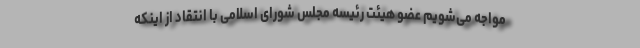
مواجه می‌شویم عضو هیئت رئیسه مجلس شورای اسلامی با انتقاد از اینکه